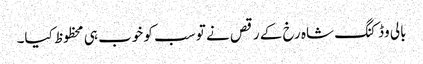
بالی وڈ کنگ شاہ رخ کے رقص نے تو سب کو خوب ہی محظوظ کیا۔